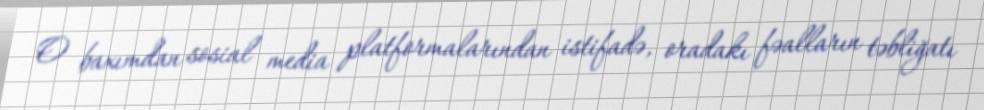
O baxımdan sosial media platformalarından istifadə, oradakı fəalların təbliğatı